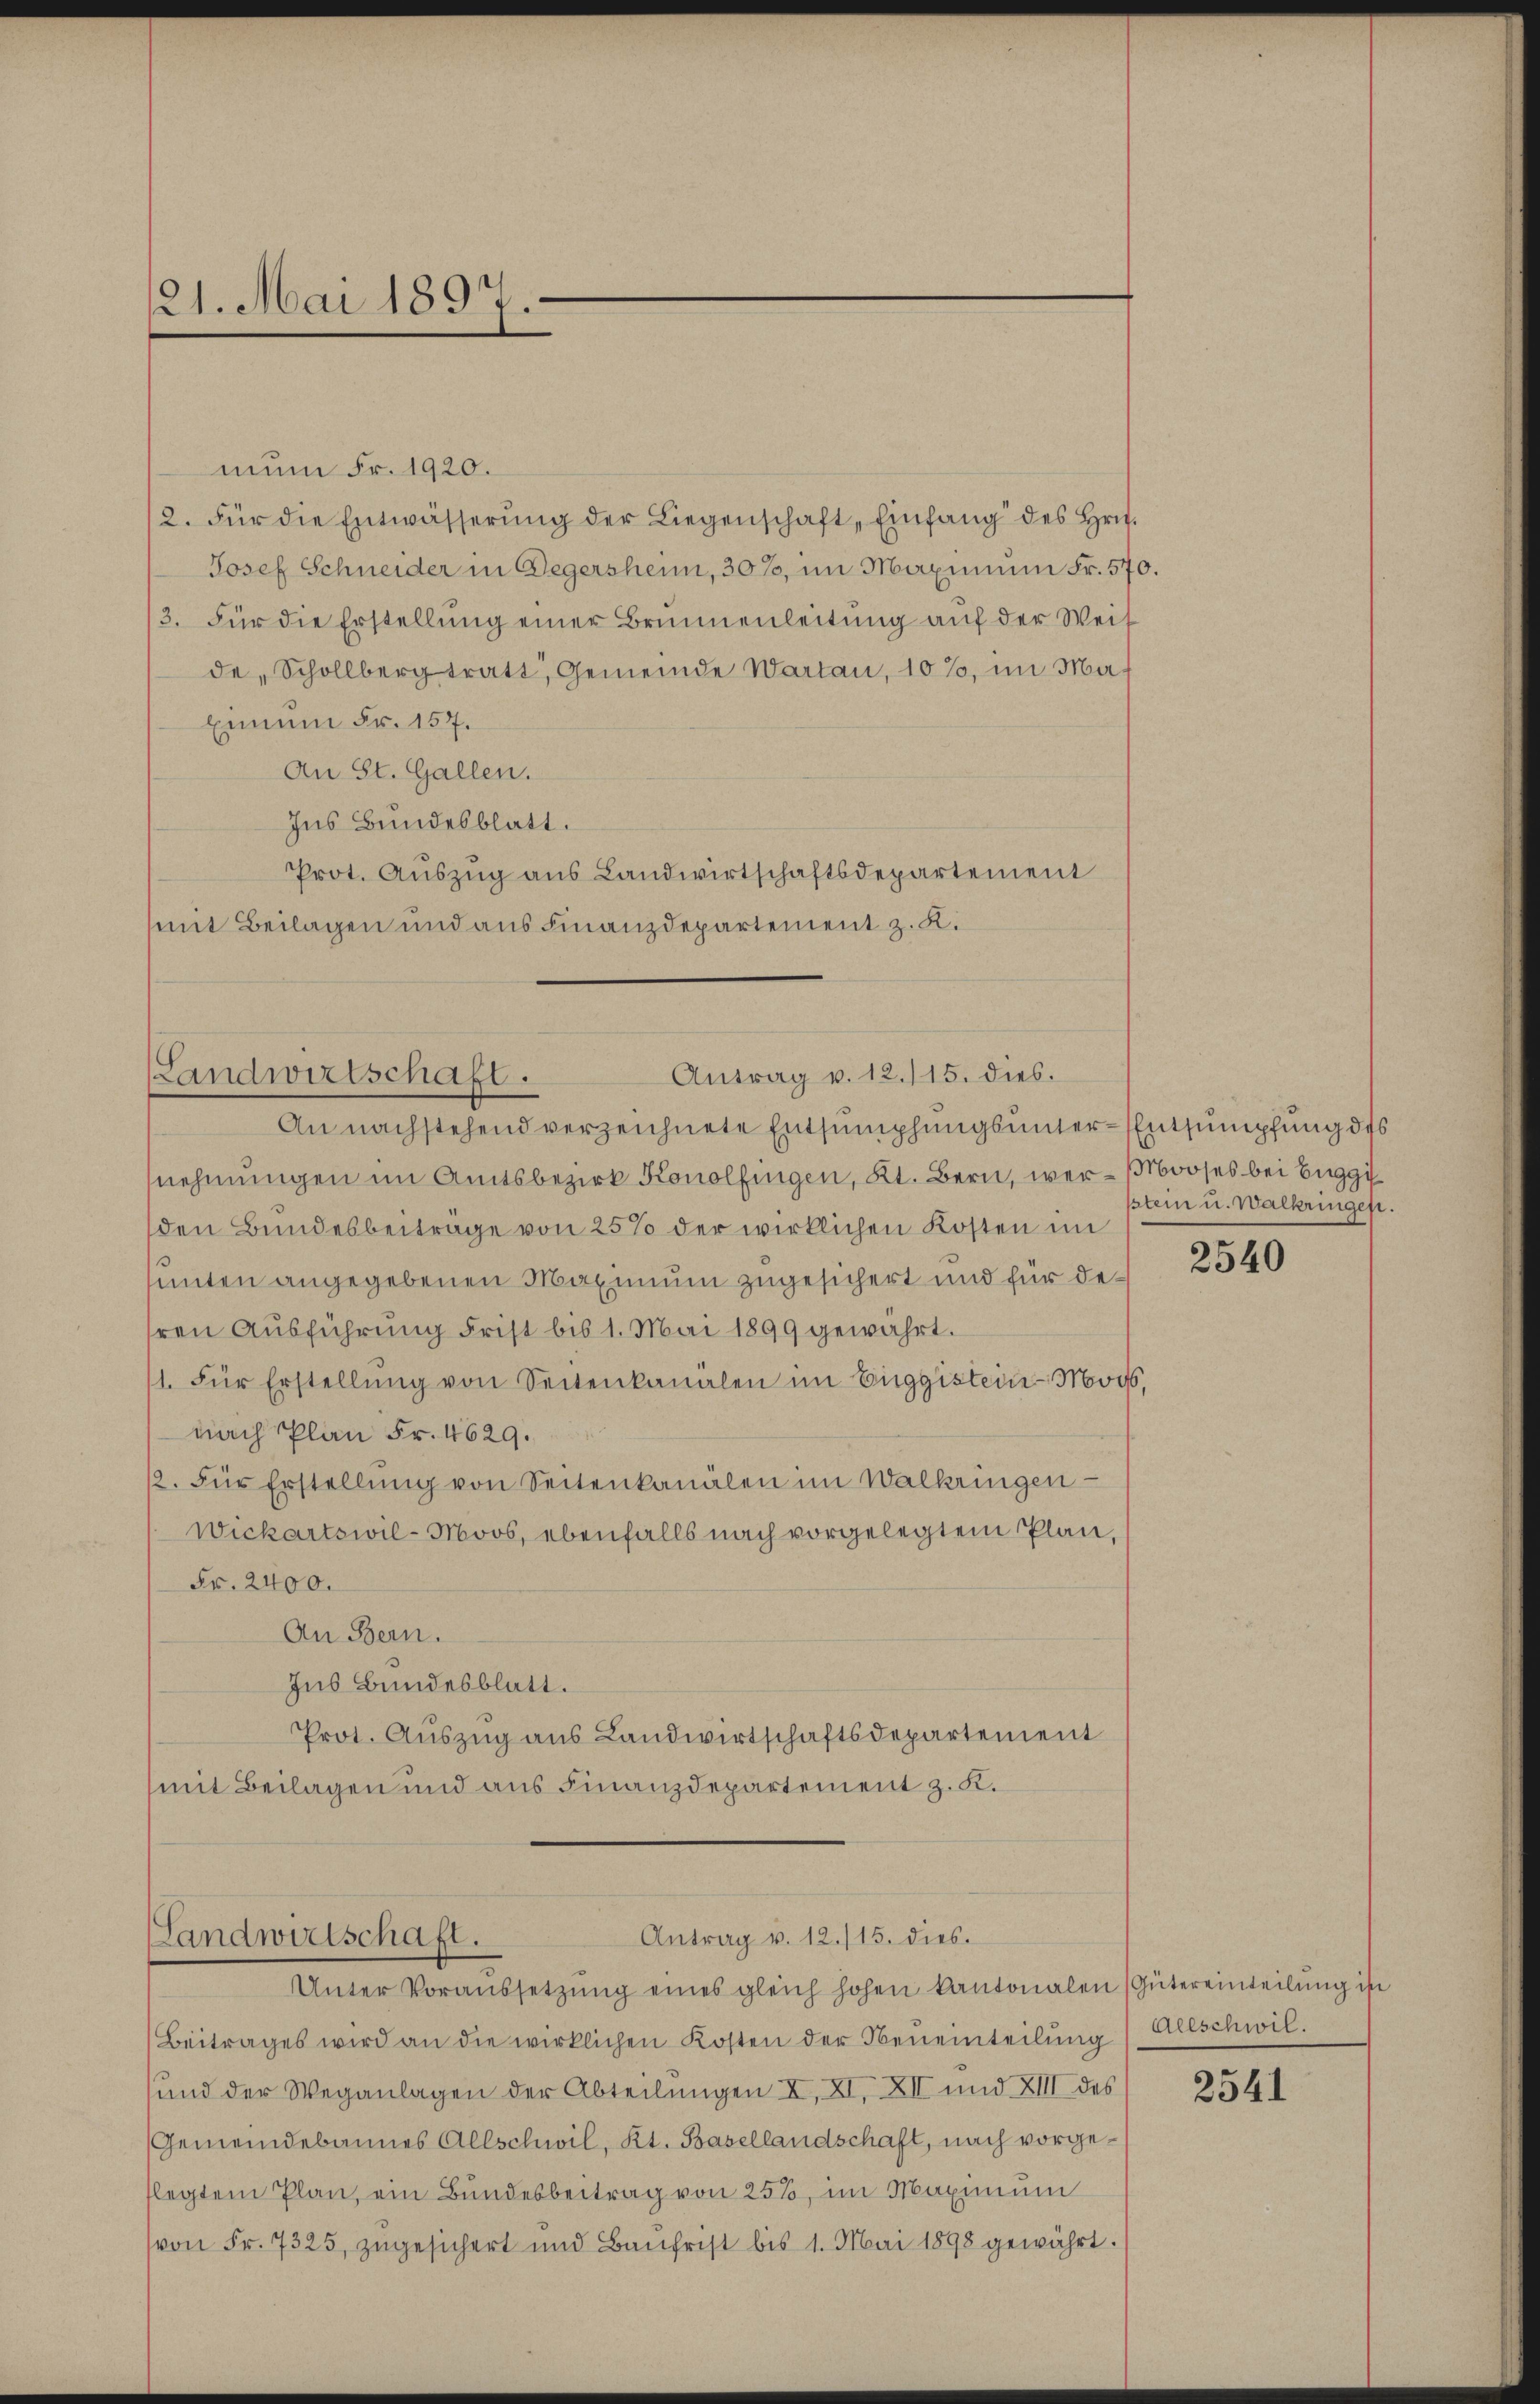
121. Mai 1897.

mun Fr. 1920.
2. Für die Entwässerung der Liegenschaft „Einfang des Hrn.
Josef Schneider in Gegersheim, 30%, im Maximum Fr. 570.
3. Für die Erstellung einer Brunnenleitung auf der Weit
de, Schollberg tratt, Gemeinde Warten, 10%, im Ma¬
Einum Fr. 157.
An St. Gallen.
Ins Bundesblatt.
Prot. Auszug aus Landwirtschaftsdepartement
mit Beilagen und aus Finanzdepartement z. K.

Antrag v. 12./15. dies.
(Landwirtschaft.

An nachstehend verzeichnete Entsumpfungsunter-Entsumpfung des
nehmungen im Amtsbezirk Konolfingen, Kt. Bern, wer- ooses bei Euggiden Bundesbeitrage von 25% der wirklichen Kosten im
sunten angegebenen Maximum zugesichert und für dehren Ausführung Frist bis 1. Mai 1899 gewährt.
1. Für Erstellŭng von Seitenkanalen im Eiggistein Mois,
nach Plan Fr. 4629.
2. Für Erstellŭng von Seitenkanälen im Walkringen
Wickartswil-Moos, ebenfalls nach vorgelegtem Plan
Fr. 2400.
An Bern.
Jus Bundesblatt.
Prot. Auszug aus Landwirtschaftsdepartement
mit Beilagen und aus Finanzdepartement z. K.

Antrag v. 12./15. dies
Landwirtschaft.
Unter Voraussetzŭng eines gleich hohen kantonalen (Gütereinteilung in

Beitrages wird an die wirklichen Kosten der Beneinteilŭng Allschwil.
und der Weganlagen der Abteilungen X, XI. XII und XIII des
Gemeindebannes Allschwil, Kt. Basellandschaft, nach vorgeflegtem Plan, ein Bundesbeitrag von 25%, im Maximum
(von Fr. 7325, zugesichert und Baufrist bis 1. Mai 1898 gewährt.

stein u. Walkringen.

2540

2541